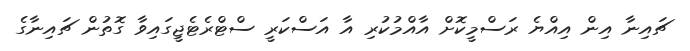
ޗައިނާ އިން އިއްޔެ ރަސްމީކޮށް އާއްމުުކުރި އާ އަސްކަރީ ސްޓްރެޓެޖީގައިވާ ގޮތުން ޗައިނާގެ